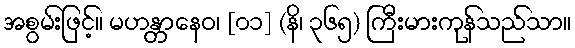
အစွမ်းဖြင့်။ မဟန္တာနေဝ၊ [၀၁] (နိ၊ ၃၆၅) ကြီးမားကုန်သည်သာ။